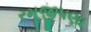
રમૂજીપણા